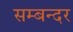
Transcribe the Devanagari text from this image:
सम्बन्दर